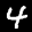
Label: 4